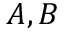
A , B